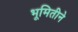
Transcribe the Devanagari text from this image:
भूमितीने